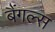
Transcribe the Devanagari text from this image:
बैंगल्स